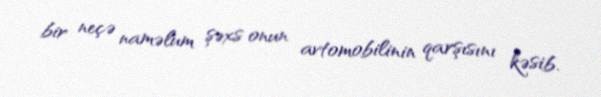
bir neçə naməlum şəxs onun avtomobilinin qarşısını kəsib.